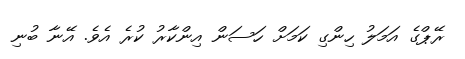
ރޭޕްގެ އަމަލު ހިންގި ކަމަށް ހަސަން އިންކާރު ކުރެ އެވެ. އޭނާ ބުނި